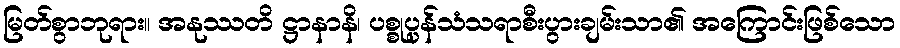
မြတ်စွာဘုရား။ အနုဿတိ ဋ္ဌာနာနိ၊ ပစ္စုပ္ပန်သံသရာစီးပွားချမ်းသာ၏ အကြောင်းဖြစ်သော